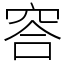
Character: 䆟